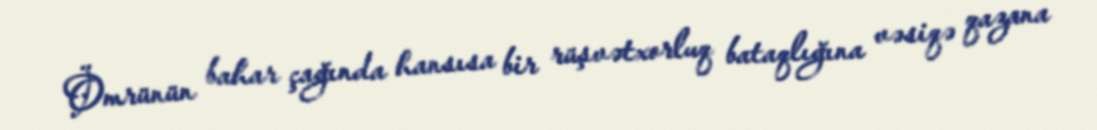
Ömrünün bahar çağında hansısa bir rüşvətxorluq bataqlığına vəsiqə qazana